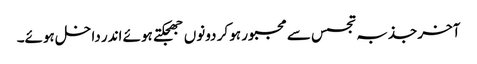
آخر جذبہ تجسس سے مجبور ہو کر دونوں جھجکتے ہوئے اندر داخل ہوئے۔